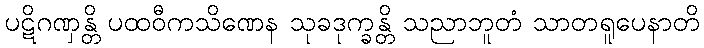
ပဋိဂဏှန္တိ ပထဝီကသိဏေန သုခဒုက္ခန္တိ သညာဘူတံ သာတရူပေနာတိ